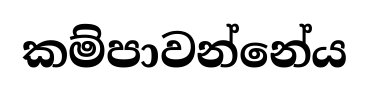
කම්පාවන්නේය